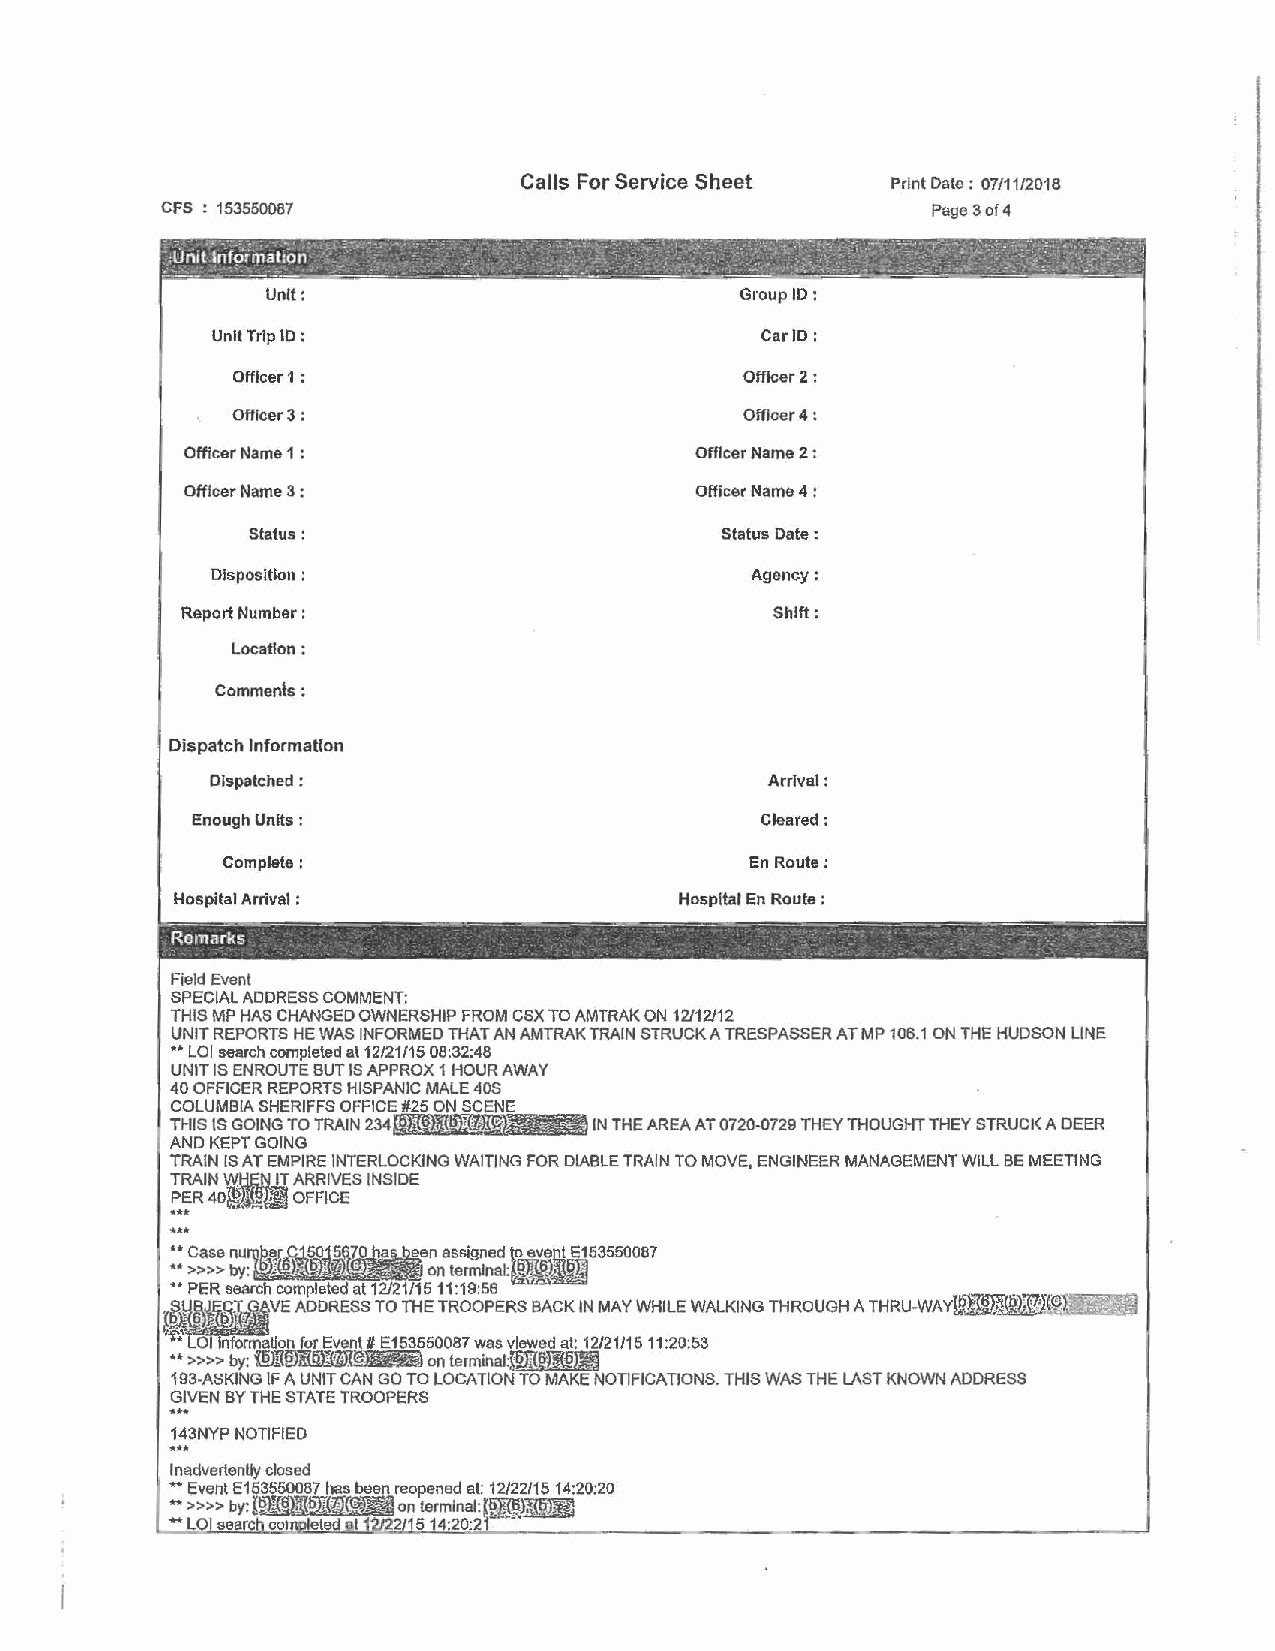
Calls For Service Sheet  Print Date: 07/11/2018
 CFS : 153560087                                   Page 3 of 4
 Unit:                           Group ID:
 Unit Trlp ID :                      Car JD:
 Officer 1 :                       Officer 2:
 Officer 3:                        Officer 4:
 Officer Name 1 :                  Officer Name 2 :
 Officer Name 3 :                  Officer Name 4 :
 Status:                         Status Date :
 Disposition :                       Agency:
 Report Number:                         Shift:
 Location:
 Comments:
 Dispatch Information
 Dispatched :                         Arrival:
 Enough Units :                       Cleared:
 complete:                         En Route:
 Hospital Arrival :                Hospital En Route :
 ------   --~-~     _  ---- -------~----      ------    ----   ·---
 Remarks            _..                                - · - . ·
 -                                                     .  -      -.
 Field Event
 SPECIAL ADDRESS COMMENT:
 THIS MP HAS CHANGED OWNERSHIP FROM CSX TO AMTRAK ON 12/12/12
 UNIT REPORTS HE WAS INFORMED THAT AN AMTRAK TRAIN STRUCK A TRESPASSER ATMP 106.1 ON THE HUDSON LINE
 •• LOI search completed at 12/21/15 06:32:48
 UNIT IS ENROUTE BUT IS APPROX 1 HOUR AWAY
 40 OFFICER REPORTS HISPANIC MALE 40S
 COLUMBIA SHERIFFS OFFICE #25 ON SCENE
 THIS IS GOING TO TRAIN 234~1ffl IN THE AREA AT 0720-0729 THEY THOUGHT THEY STRUCI( A DEER
 AND KEPT GOING
 TRAIN [SAT EMPIRE INTERLOCKING WAITING FOR DIABLE TRAIN TO MOVE, ENGINEER MANAGEMENT Will BE MEETING
 .T.R AIN W,tlt;,!V..! ARRIVES INSIDE
 . .P.E.. R 40,Ji]~ OFFICE
 •• Case nu ber 50 5
 0 »» by: I> 16) ~-. . on terminal:
 •• PER search completed at 12121/1511:19:56 2 "      .  •
 ~~~~VE  ADDRESS TO THE TROOPERS BACK IN MAY WHILE WALKING THROUGH A THRU-WAYl@l{fili.°1!..~~
 ~. LO nformatlon for Event# E153550087 was viewed at: 12/21/15 11:20:53
 •• »>> by: i!filtIDl{IDI(<BR~ on terminal~Jllffl{,.~
 .1.9.3 -ASKING IF A UNIT CAN GO TO LOCATION TO MAKE NOTIFICATIONS. THIS WAS THE LAST KNOWN ADDRESS
 GIVEN BY THE STATE TROOPERS
 ...
 143NYP NOTIFIED